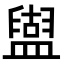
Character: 𥂤